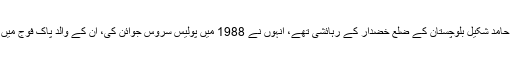
شہید ڈی آئی جی حامد شکیل بلوچستان کے ضلع خضدار کے رہائشی تھے، انہوں نے 1988 میں پولیس سروس جوائن کی، ان کے والد پاک فوج میں افسر رہے تھے۔